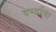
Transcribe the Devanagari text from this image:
दर्ग्याचा